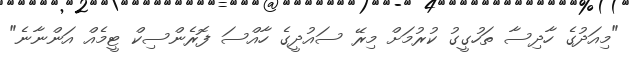
"މިއަދުގެ ހާދިސާ ތަހުގީގު ކުރުމަށް މިރޭ ސައުދީގެ ހާއްސަ ފޮރެންސިކް ޓީމެއް އަންނާނެ"